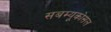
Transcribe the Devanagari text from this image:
सबम्‍यूकोसल